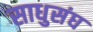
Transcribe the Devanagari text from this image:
साधुसंघ